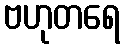
ဗဟုတရေ